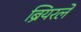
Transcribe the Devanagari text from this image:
ब्रियरले